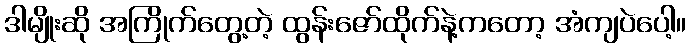
ဒါမျိုးဆို အကြိုက်တွေ့တဲ့ ထွန်းဇော်ထိုက်နဲ့ကတော့ အံကျပဲပေါ့။